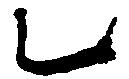
乙